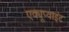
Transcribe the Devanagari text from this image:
एक्यूप्वाइंट